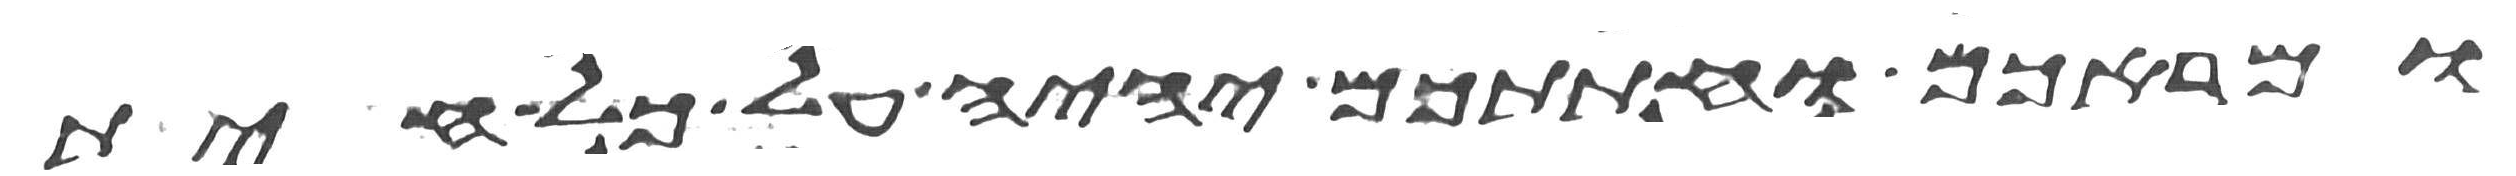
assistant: ומראכם וחתתכם יהיה על כל חית